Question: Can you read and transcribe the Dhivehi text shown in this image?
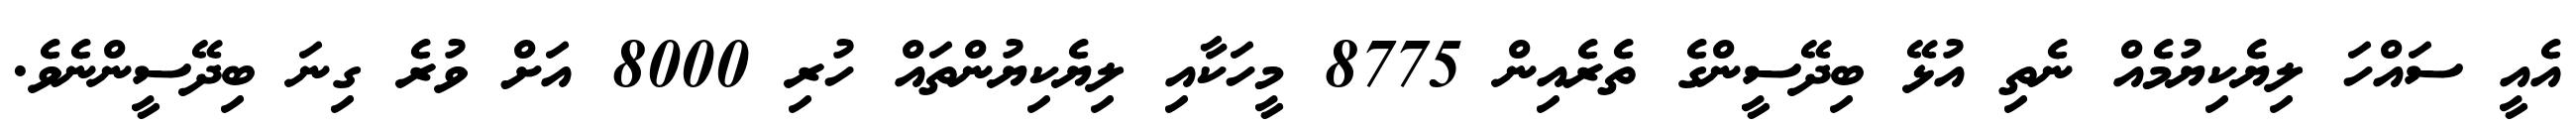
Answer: އެއީ ސައްހަ ލިޔެކިޔުމެއް ނެތި އުޅޭ ބިދޭސީންގެ ތެރެއިން 8775 މީހަކާއި ލިޔެކިޔުންތައް ހުރި 8000 އަށް ވުރެ ގިނަ ބިދޭސީންނެވެ.